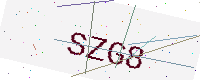
Text: SZG8